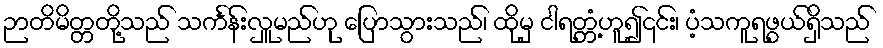
ဉာတိမိတ္တတို့သည် သင်္ကန်းလှူမည်ဟု ပြောသွားသည်၊ ထိုမှ ငါရတ္တံ့ဟူ၍၎င်း၊ ပံ့သကူရဖွယ်ရှိသည်